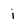
Character: i